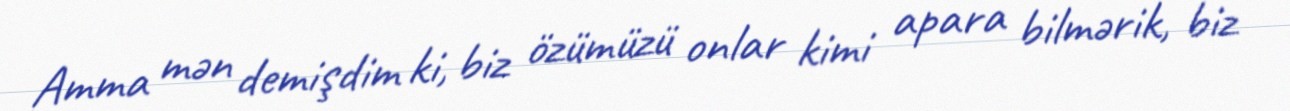
Amma mən demişdim ki, biz özümüzü onlar kimi apara bilmərik, biz